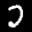
Label: 2